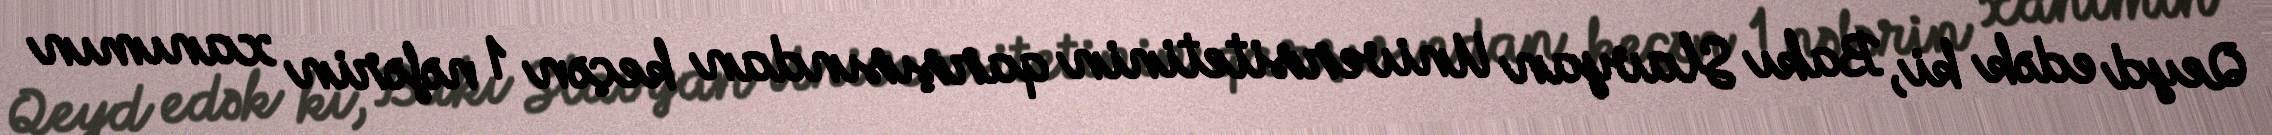
Qeyd edək ki, Bakı Slavyan Universitetinin qarşısından keçən 1 nəfərin xanımın